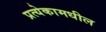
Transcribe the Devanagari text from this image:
प्रत्येकामधील